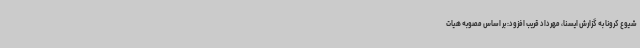
شیوع کرونا به گزارش ایسنا، مهرداد قریب افزود: بر اساس مصوبه هیات